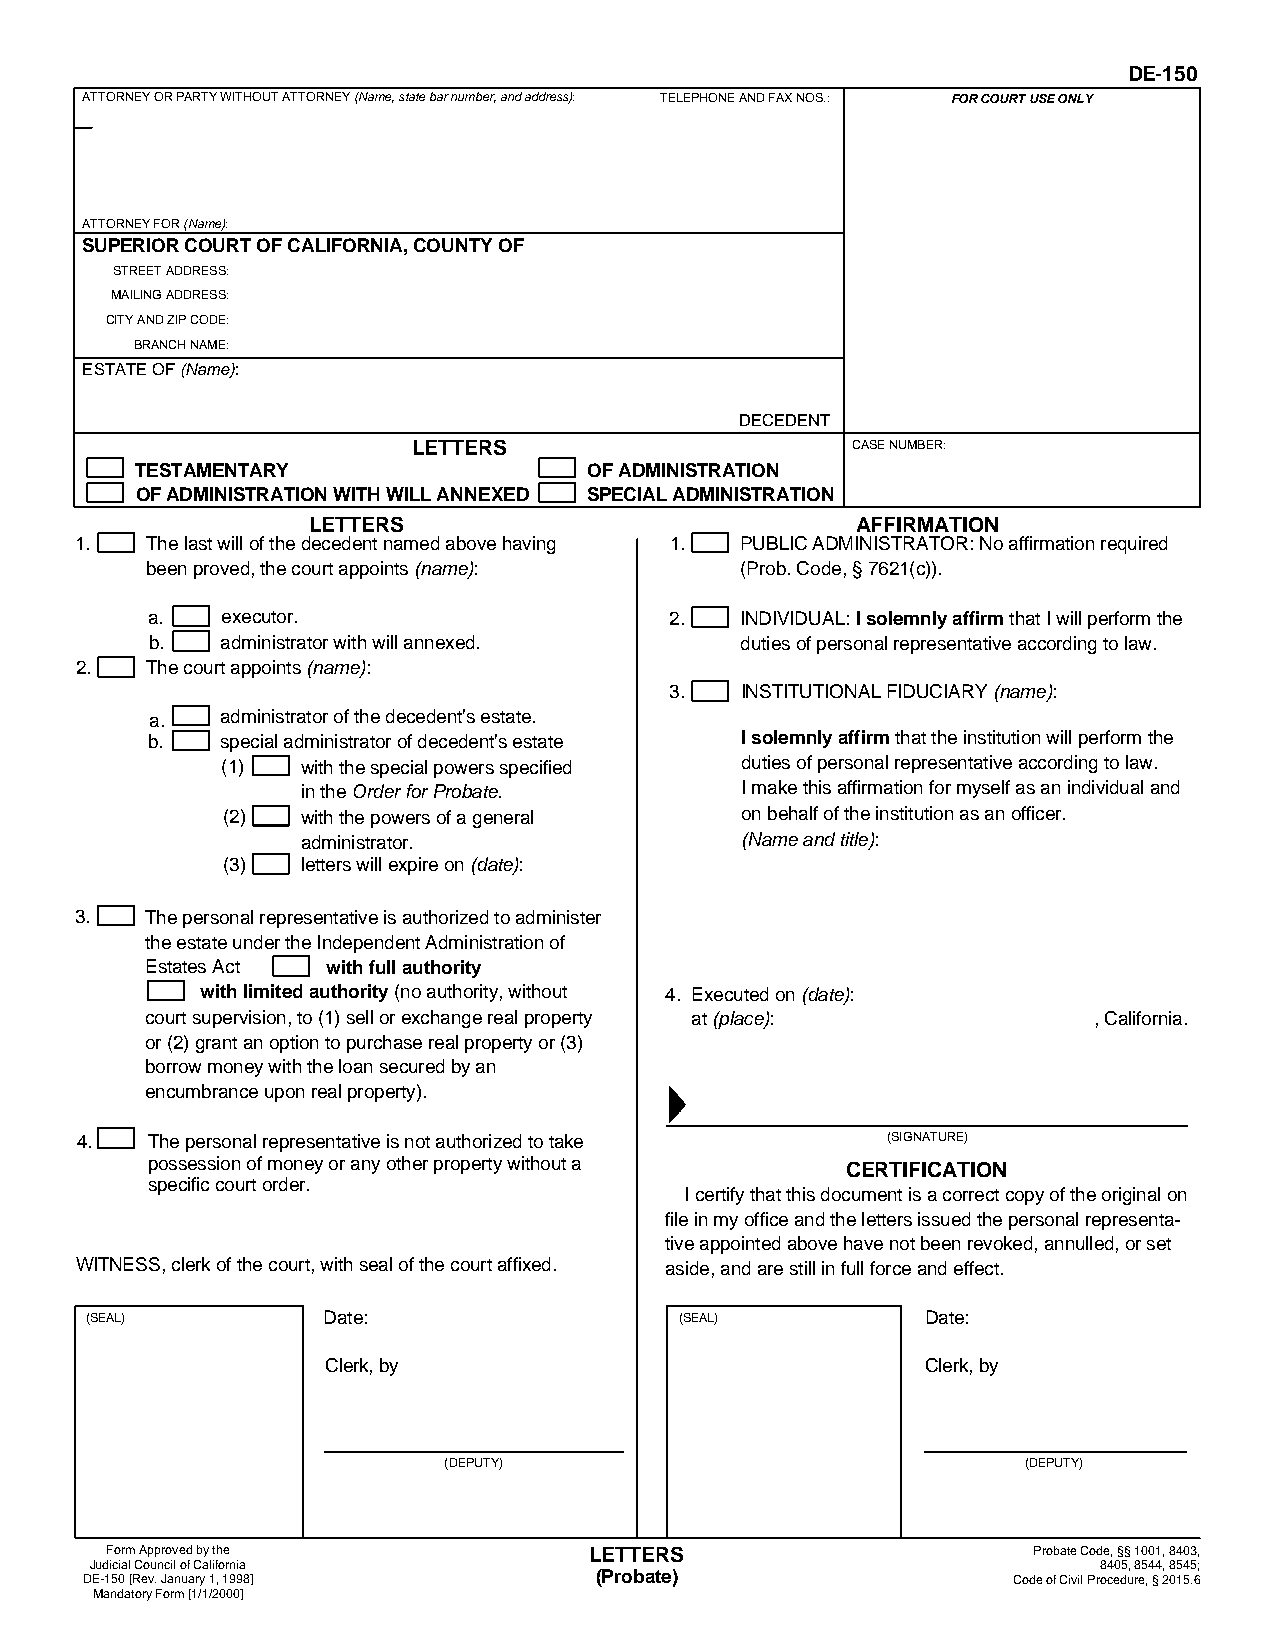
DE-150
 ATTORNEY OR PARTY WITHOUT ATTORNEY (Name, state bar number, and address): TELEPHONE AND FAX NOS.: FOR COURT USE ONLY
 ATTORNEY FOR (Name):
 SUPERIOR COURT OF CALIFORNIA, COUNTY OF
 STREET ADDRESS:
 MAILING ADDRESS:
 CITY AND ZIP CODE:
 BRANCH NAME:
 ESTATE OF (Name):
 DECEDENT
 LETTERS                      CASE NUMBER:
 TESTAMENTARY                  OF ADMINISTRATION
 OF ADMINISTRATION WITH WILL ANNEXED SPECIAL ADMINISTRATION
 LETTERS                              AFFIRMATION
 1.   The last will of the decedent named above having 1. PUBLIC ADMINISTRATOR: No affirmation required
 been proved, the court appoints (name): (Prob. Code, § 7621(c)).
 a.   executor.                    2.   INDIVIDUAL: I solemnly affirm that I will perform the
 b.   administrator with will annexed.  duties of personal representative according to law.
 2.   The court appoints (name):
 3.   INSTITUTIONAL FIDUCIARY (name):
 a.   administrator of the decedent's estate.
 b.   special administrator of decedent's estate I solemnly affirm that the institution will perform the
 (1)  with the special powers specified duties of personal representative according to law.
 in the Order for Probate.    I make this affirmation for myself as an individual and
 (2)  with the powers of a general on behalf of the institution as an officer.
 administrator.               (Name and title):
 (3)  letters will expire on (date):
 3.   The personal representative is authorized to administer
 the estate under the Independent Administration of
 Estates Act with full authority
 with limited authority (no authority, without 4. Executed on (date):
 court supervision, to (1) sell or exchange real property at (place): , California.
 or (2) grant an option to purchase real property or (3)
 borrow money with the loan secured by an
 encumbrance upon real property).
 4.   The personal representative is not authorized to take (SIGNATURE)
 possession of money or any other property without a
 CERTIFICATION
 specific court order.
 I certify that this document is a correct copy of the original on
 file in my office and the letters issued the personal representa-
 tive appointed above have not been revoked, annulled, or set
 WITNESS, clerk of the court, with seal of the court affixed. aside, and are still in full force and effect.
 (SEAL)         Date:                   (SEAL)          Date:
 Clerk, by                              Clerk, by
 (DEPUTY)                               (DEPUTY)
 Form Approved by the            LETTERS                      Probate Code, §§ 1001, 8403,
 Judicial Council of California                                     8405, 8544, 8545;
 DE-150 [Rev. January 1, 1998]     (Probate)                   Code of Civil Procedure, § 2015.6
 Mandatory Form [1/1/2000]